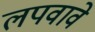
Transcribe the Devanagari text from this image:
लपवावे